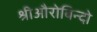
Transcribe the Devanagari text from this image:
श्रीऔरोबिन्दो